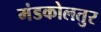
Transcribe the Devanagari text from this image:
मंडकोलतुर